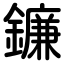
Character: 鐮